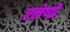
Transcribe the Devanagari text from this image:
एलेप्पी